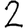
Digit: 2